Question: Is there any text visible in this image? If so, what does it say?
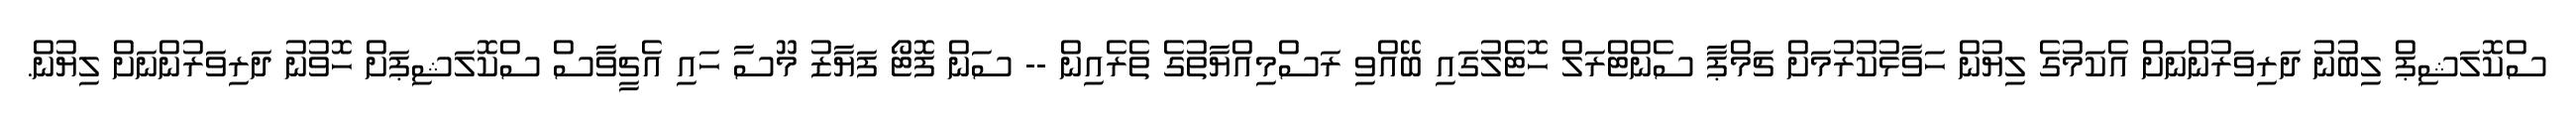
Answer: ސްކޮލަޝިޕް ލިބުނު ދަރިވަރުންނަށް އެކަމުގެ ލިޔުން ހަވާޅުކުރުމަށް ޗަމްޕާ ސެންޓްރަލް ހޮޓެލުގައި ބޭއްވި ރަސްމިއްޔާތުގެ ތެރެއިން -- ސަން ފޮޓޯ ފަޔާޒު މޫސާ ހައި އެޗީވާސް ސްކޮލަޝިޕަށް ހޮވުނު ދަރިވަރުންނަށް ލިޔުން.